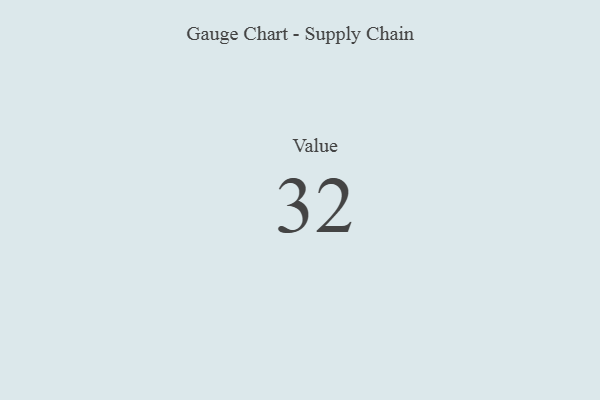
{"axis": {"x": "Metric", "y": "Value"}, "legend": [""], "data": [{"x": "Value", "y": 32, "type": ""}]}